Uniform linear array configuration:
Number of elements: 64
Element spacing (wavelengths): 0.25
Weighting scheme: binomial
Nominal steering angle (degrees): -15
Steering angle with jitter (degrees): -13.796
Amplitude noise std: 0.05
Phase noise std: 0.05

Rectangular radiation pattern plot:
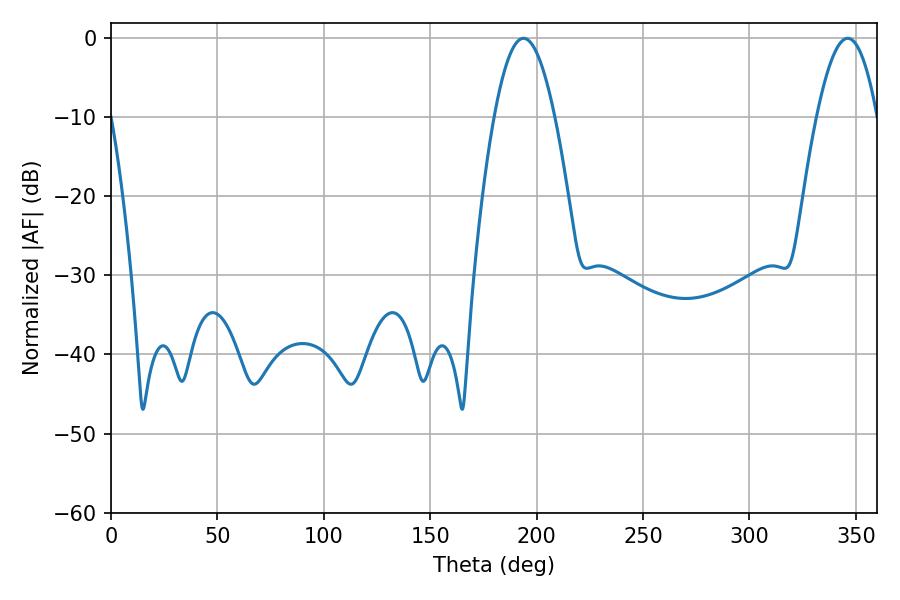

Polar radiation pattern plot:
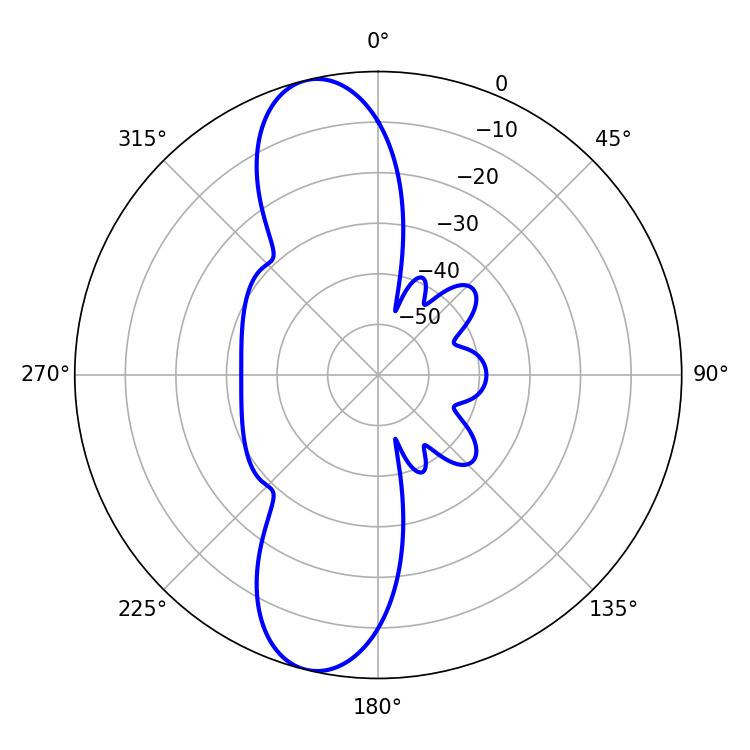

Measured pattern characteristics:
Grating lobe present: FALSE
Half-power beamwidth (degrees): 15.48
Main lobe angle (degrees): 193.86